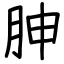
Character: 胂